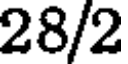
28/2